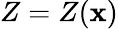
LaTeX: Z=Z(\mathbf{x})